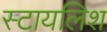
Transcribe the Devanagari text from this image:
स्टायलिश